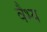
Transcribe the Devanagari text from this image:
वैभ्य